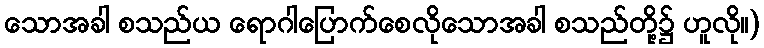
သောအခါ စသည်ယ ရောဂါပြောက်စေလိုသောအခါ စသည်တို့၌ ဟူလို။)